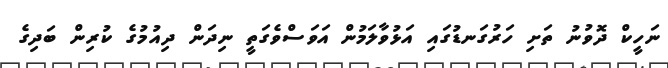
ނަހީކް ދޮވުނު ތަށި ހަރުގަނޑުގައި އަޅުވާލަމުން އަވަސްވެގަތީ ނިދަން ދިއުމުގެ ކުރިން ބަދިގެ